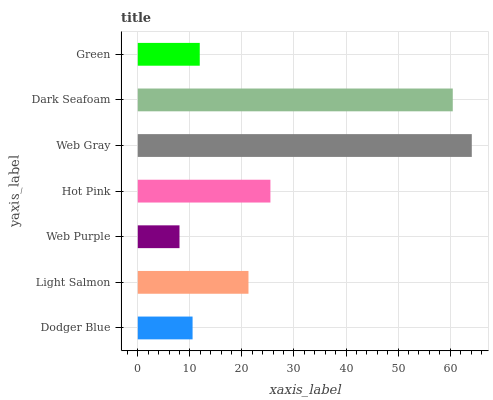
| yaxis_label | bars |
 | --- | --- |
 | Dodger Blue | 10.5 |
 | Light Salmon | 21.3 |
 | Web Purple | 8.01 |
 | Hot Pink | 25.5 |
 | Web Gray | 64.2 |
 | Dark Seafoam | 60.5 |
 | Green | 11.9 |